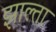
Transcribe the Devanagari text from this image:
झाल्ता